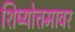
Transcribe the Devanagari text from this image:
शिष्योत्तमावर